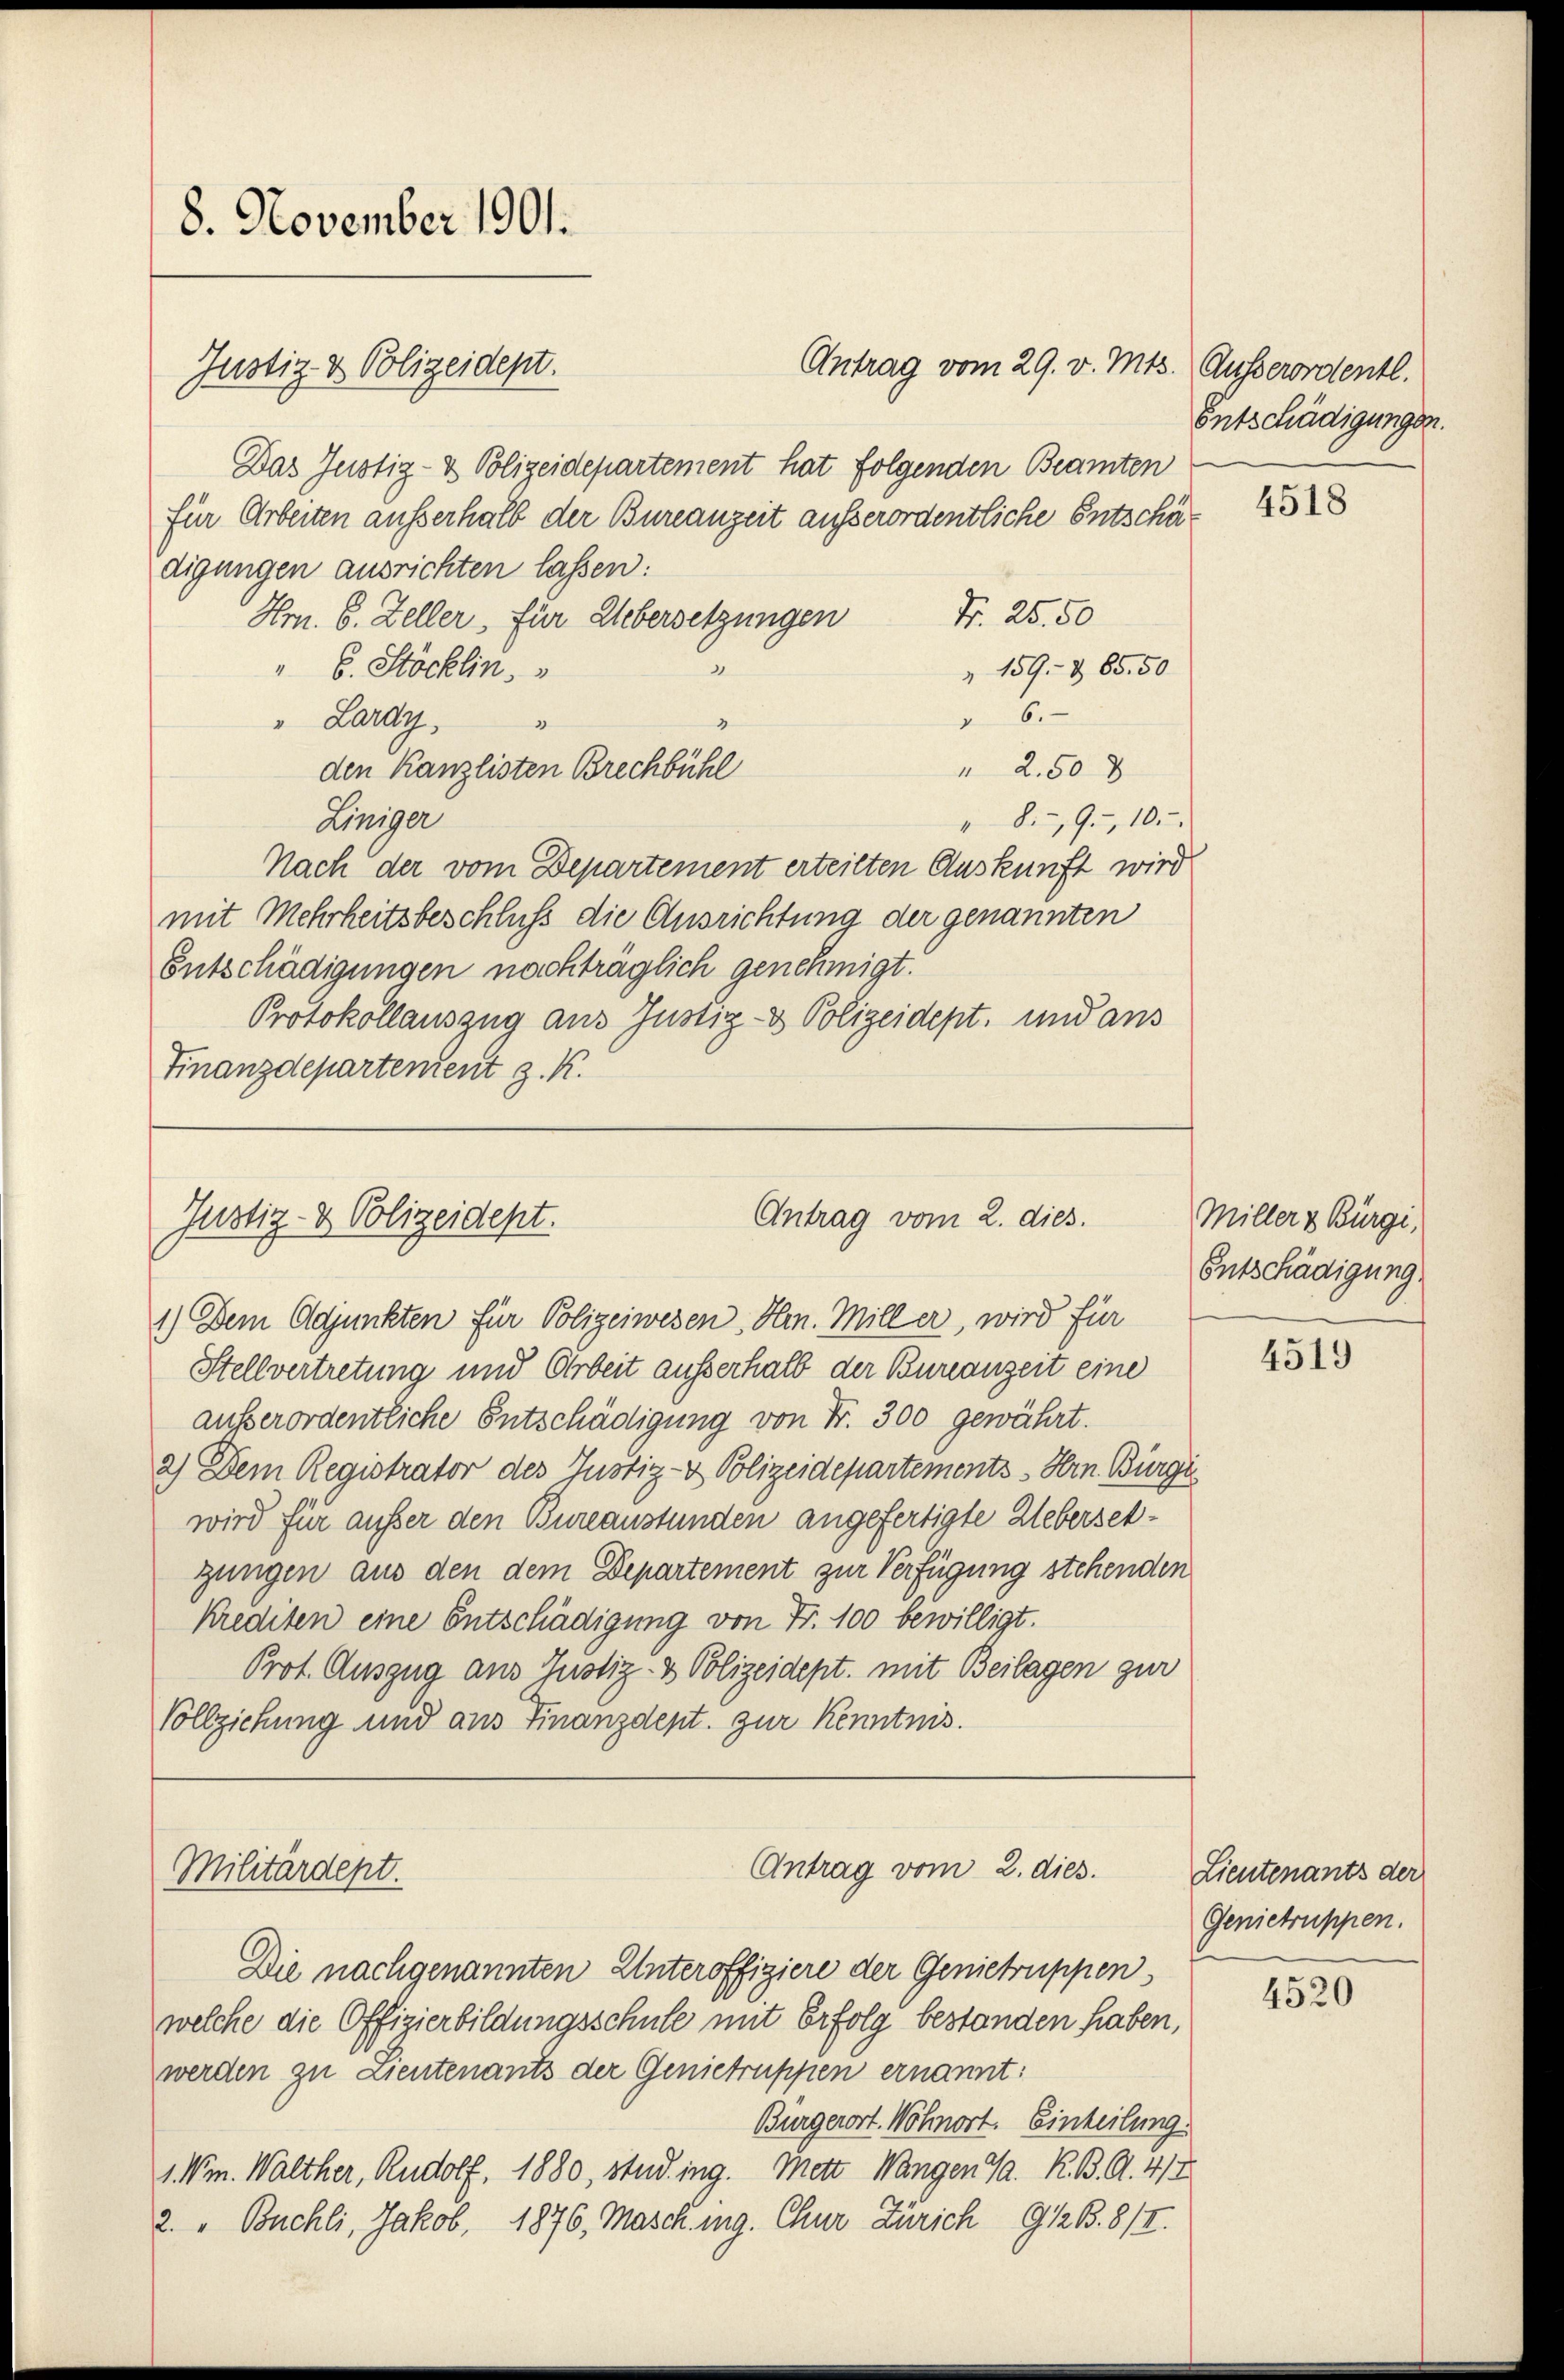
8. November 1901.
Justiz- & Polizeidept.

Das Justiz- & Polizeidepartement hat folgenden Beamten
für Arbeiten ausserhalb der Bureauzeit ausserordentliche Entschi
digungen ausrichten lassen:
Hrn. 6. Zeller, für Uebersetzungen
" 6. Stöcklin.
a
 6.
" Lardy,
3
 2.50 8
den Kanzlisten Brechbühl
" 8.9., 10.
Kiniger
Nach der vom Departement erteilten Auskunft wird
mit Mehrheitsbeschluß die Ausrichtung der genannten
Entschädigungen nachträglich genehmigt.
Protokollauszug aus Justiz- & Polizeidept, und aus
Finanzdepartement z. K.

Antrag vom 29. v. Mts. Ausserordentl.

Antrag vom 2. dies.
Justiz- & Polizeidept.

1.) Dem Adjunkten für Polizeiwesen, Hrn. Miller, wird für
Stellvertretung und Arbeit ausserhalb der Bureauzeit eine
außerordentliche Entschädigung von Fr. 300 gewährt.
2.) Dem Registrator des Justiz- & Polizeidepartements Hrn. Bürgi
wird für außer den Bureaustünden angefertigte Uebersetgungen aus den dem Departement zur Verfügung stehenden
Krediten eine Entschädigung von Fr. 100 bewilligt.
Prot. Auszug aus Justiz- & Polizeidept. mit Beilagen zur
Vollziehung und aus Finanzdept. zur Kenntnis.

Militärdept.

Antrag vom 2. dies.

Fr. 25. 50
" 159. 265. 50

.

Die nachgenannten Unteroffiziere der Genietruppen,
welche die Offizierbildungsschule mit Erfolg bestanden haben,
werden zu Lieutenants der Genietruppen ernannt:
Bürgerort. Wohnort. Einheilung
1. Wm. Walther, Rudolf, 1880, stud. ing. Mett Wangen J. R. B. A. 414
2. " Buchli, Jakob. 1876, Masch ung. Chur Zürich 912 B.8/I.

Entschädigungen.

4518

Miller & Bürgi,
Entschädigung

4519

Lieutenants der
Genietruppen.

4520